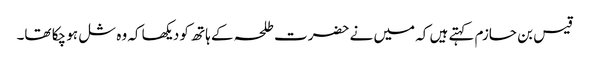
قیس بن حازم کہتے ہیں کہ میں نے حضرت طلحہ کے ہاتھ کو دیکھا کہ وہ شل ہو چکا تھا۔